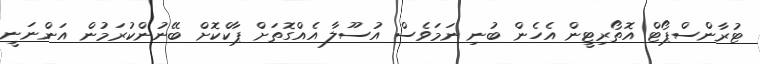
ޓުރާންސްޕޯޓް އޮތޯރިޓީން އެހެން ބުނި ނަމަވެސް އުސޫލާ އެއްގޮތަށް ޕާކްކޮށް ބޭނުންކުރަމުން އަންނަނީ